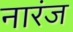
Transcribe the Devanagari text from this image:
नारंज